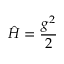
\hat { H } = \frac { g ^ { 2 } } { 2 }